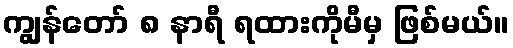
ကျွန်တော် ၈ နာရီ ရထားကိုမီမှ ဖြစ်မယ်။